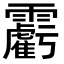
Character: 𩆾